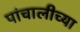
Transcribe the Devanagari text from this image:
पांचालीच्या